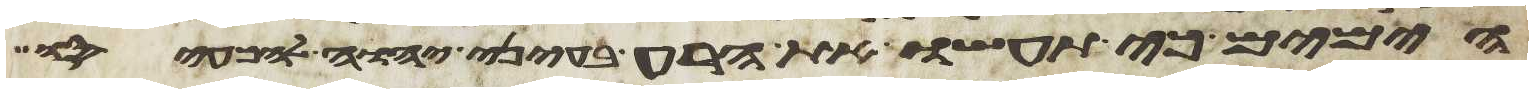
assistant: הימים כי תעשו את הרע בעיני יהוה להכעיסו